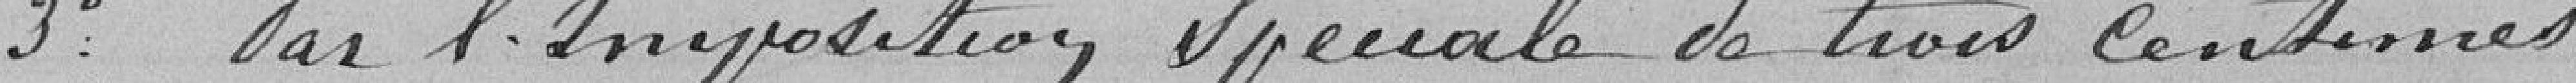
3° Par l'imposition spéciale de trois centimes